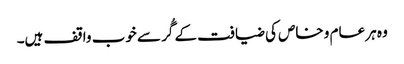
وہ ہر عام و خاص کی ضیافت کے گُر سے خوب واقف ہیں۔